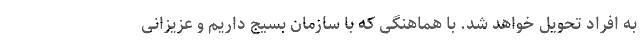
به افراد تحویل خواهد شد. با هماهنگی که با سازمان بسیج داریم و عزیزانی